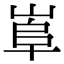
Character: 𡸠